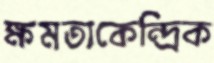
ক্ষমতাকেন্দ্রিক